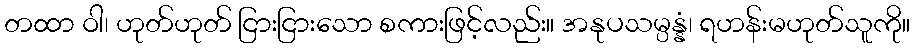
တထာ ဝါ၊ ဟုတ်ဟုတ် ငြားငြားသော စကားဖြင့်လည်း။ အနုပသမ္ပန္နံ၊ ရဟန်းမဟုတ်သူကို။